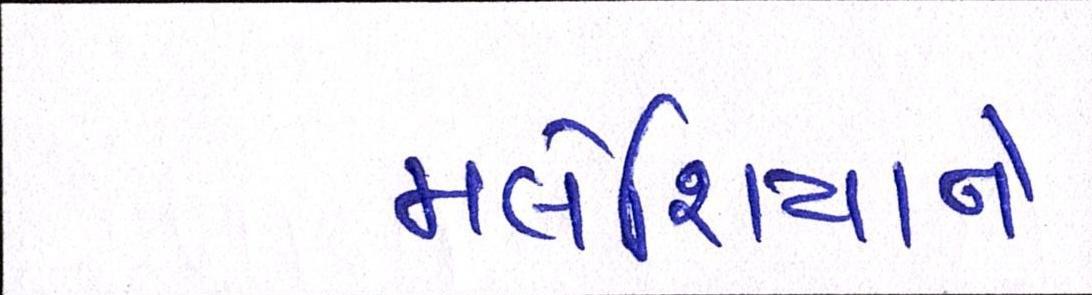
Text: મલેશિયાને